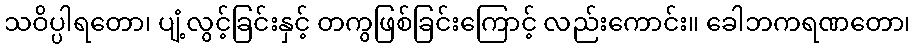
သဝိပ္ပါရတော၊ ပျံ့လွင့်ခြင်းနှင့် တကွဖြစ်ခြင်းကြောင့် လည်းကောင်း။ ခေါဘကရဏတော၊